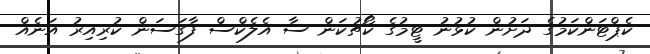
ކެޕްޓަންކަމުގެ ދަށުން ކުޅުނު ޓީމުގެ ކޯޗުކަން ސާ އެލެކްސް ފާގަސަން ކުރިއިރު އަނެއް